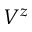
V ^ { z }